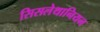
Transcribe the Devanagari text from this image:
सिसलेथानियन